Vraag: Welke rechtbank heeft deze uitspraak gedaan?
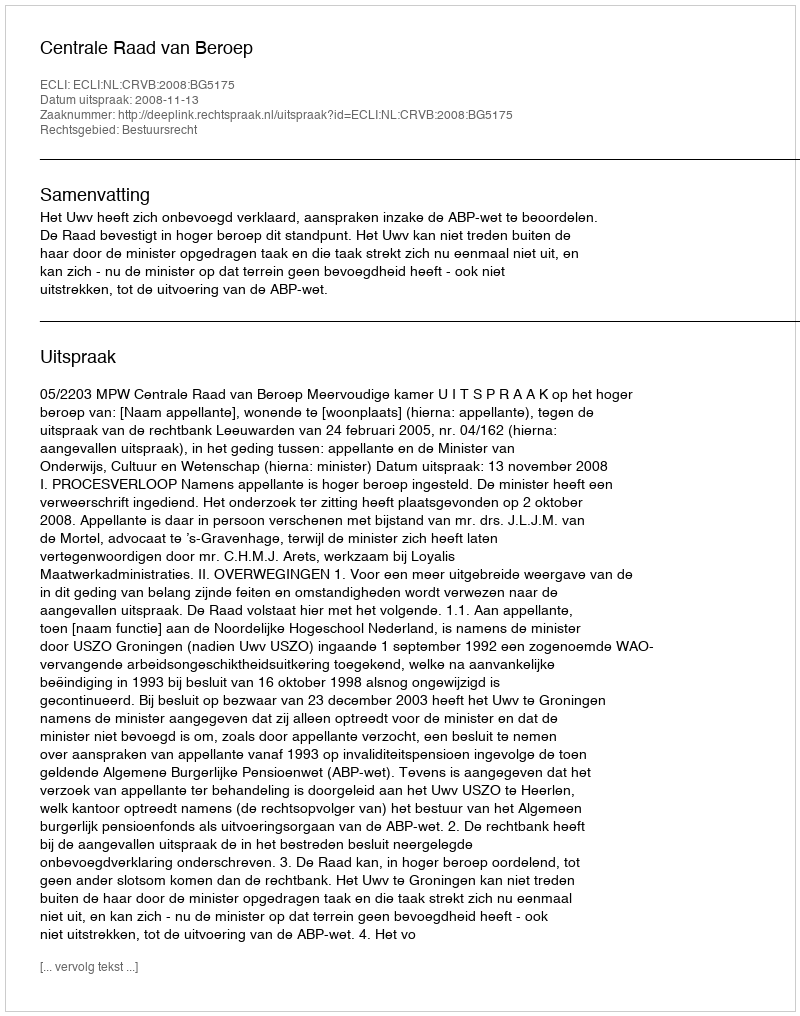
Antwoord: Centrale Raad van Beroep